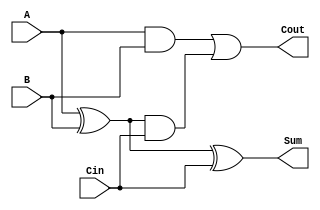
module CarryLookaheadFullAdder (
    input wire A,     // First bit
    input wire B,     // Second bit
    input wire Cin,   // Carry input
    output wire Sum,  // Sum output
    output wire Cout  // Carry output
);

// Intermediate signals
wire G;  // Generate signal
wire P;  // Propagate signal
wire C1; // Carry output from this full adder

// Generate (G) and Propagate (P) signals
assign G = A & B;         // G = A AND B
assign P = A ^ B;         // P = A XOR B

// Carry output (Cout) calculation
assign C1 = G | (P & Cin); // C1 = G OR (P AND Cin)
assign Cout = C1;          // Cout is the same as C1

// Sum calculation
assign Sum = P ^ Cin;      // Sum = P XOR Cin

endmodule